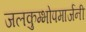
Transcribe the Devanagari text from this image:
जलकुम्भोपमार्जनी